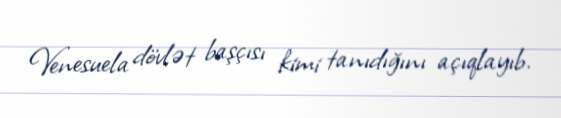
Venesuela dövlət başçısı kimi tanıdığını açıqlayıb.